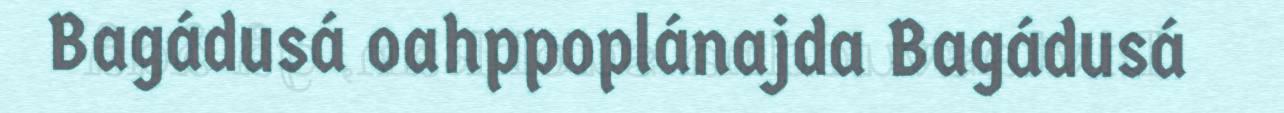
Bagádusá oahppoplánajda Bagádusá